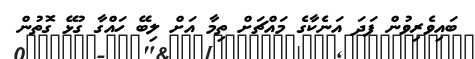
ބައިވެރިވުން ފަދަ އަނެކާގެ މައްޗަށް ތިމާ އަށް ލިބޭ ހައްގާ ގުޅޭ ގޮތުން